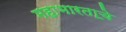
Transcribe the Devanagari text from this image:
महाभारता॒चे